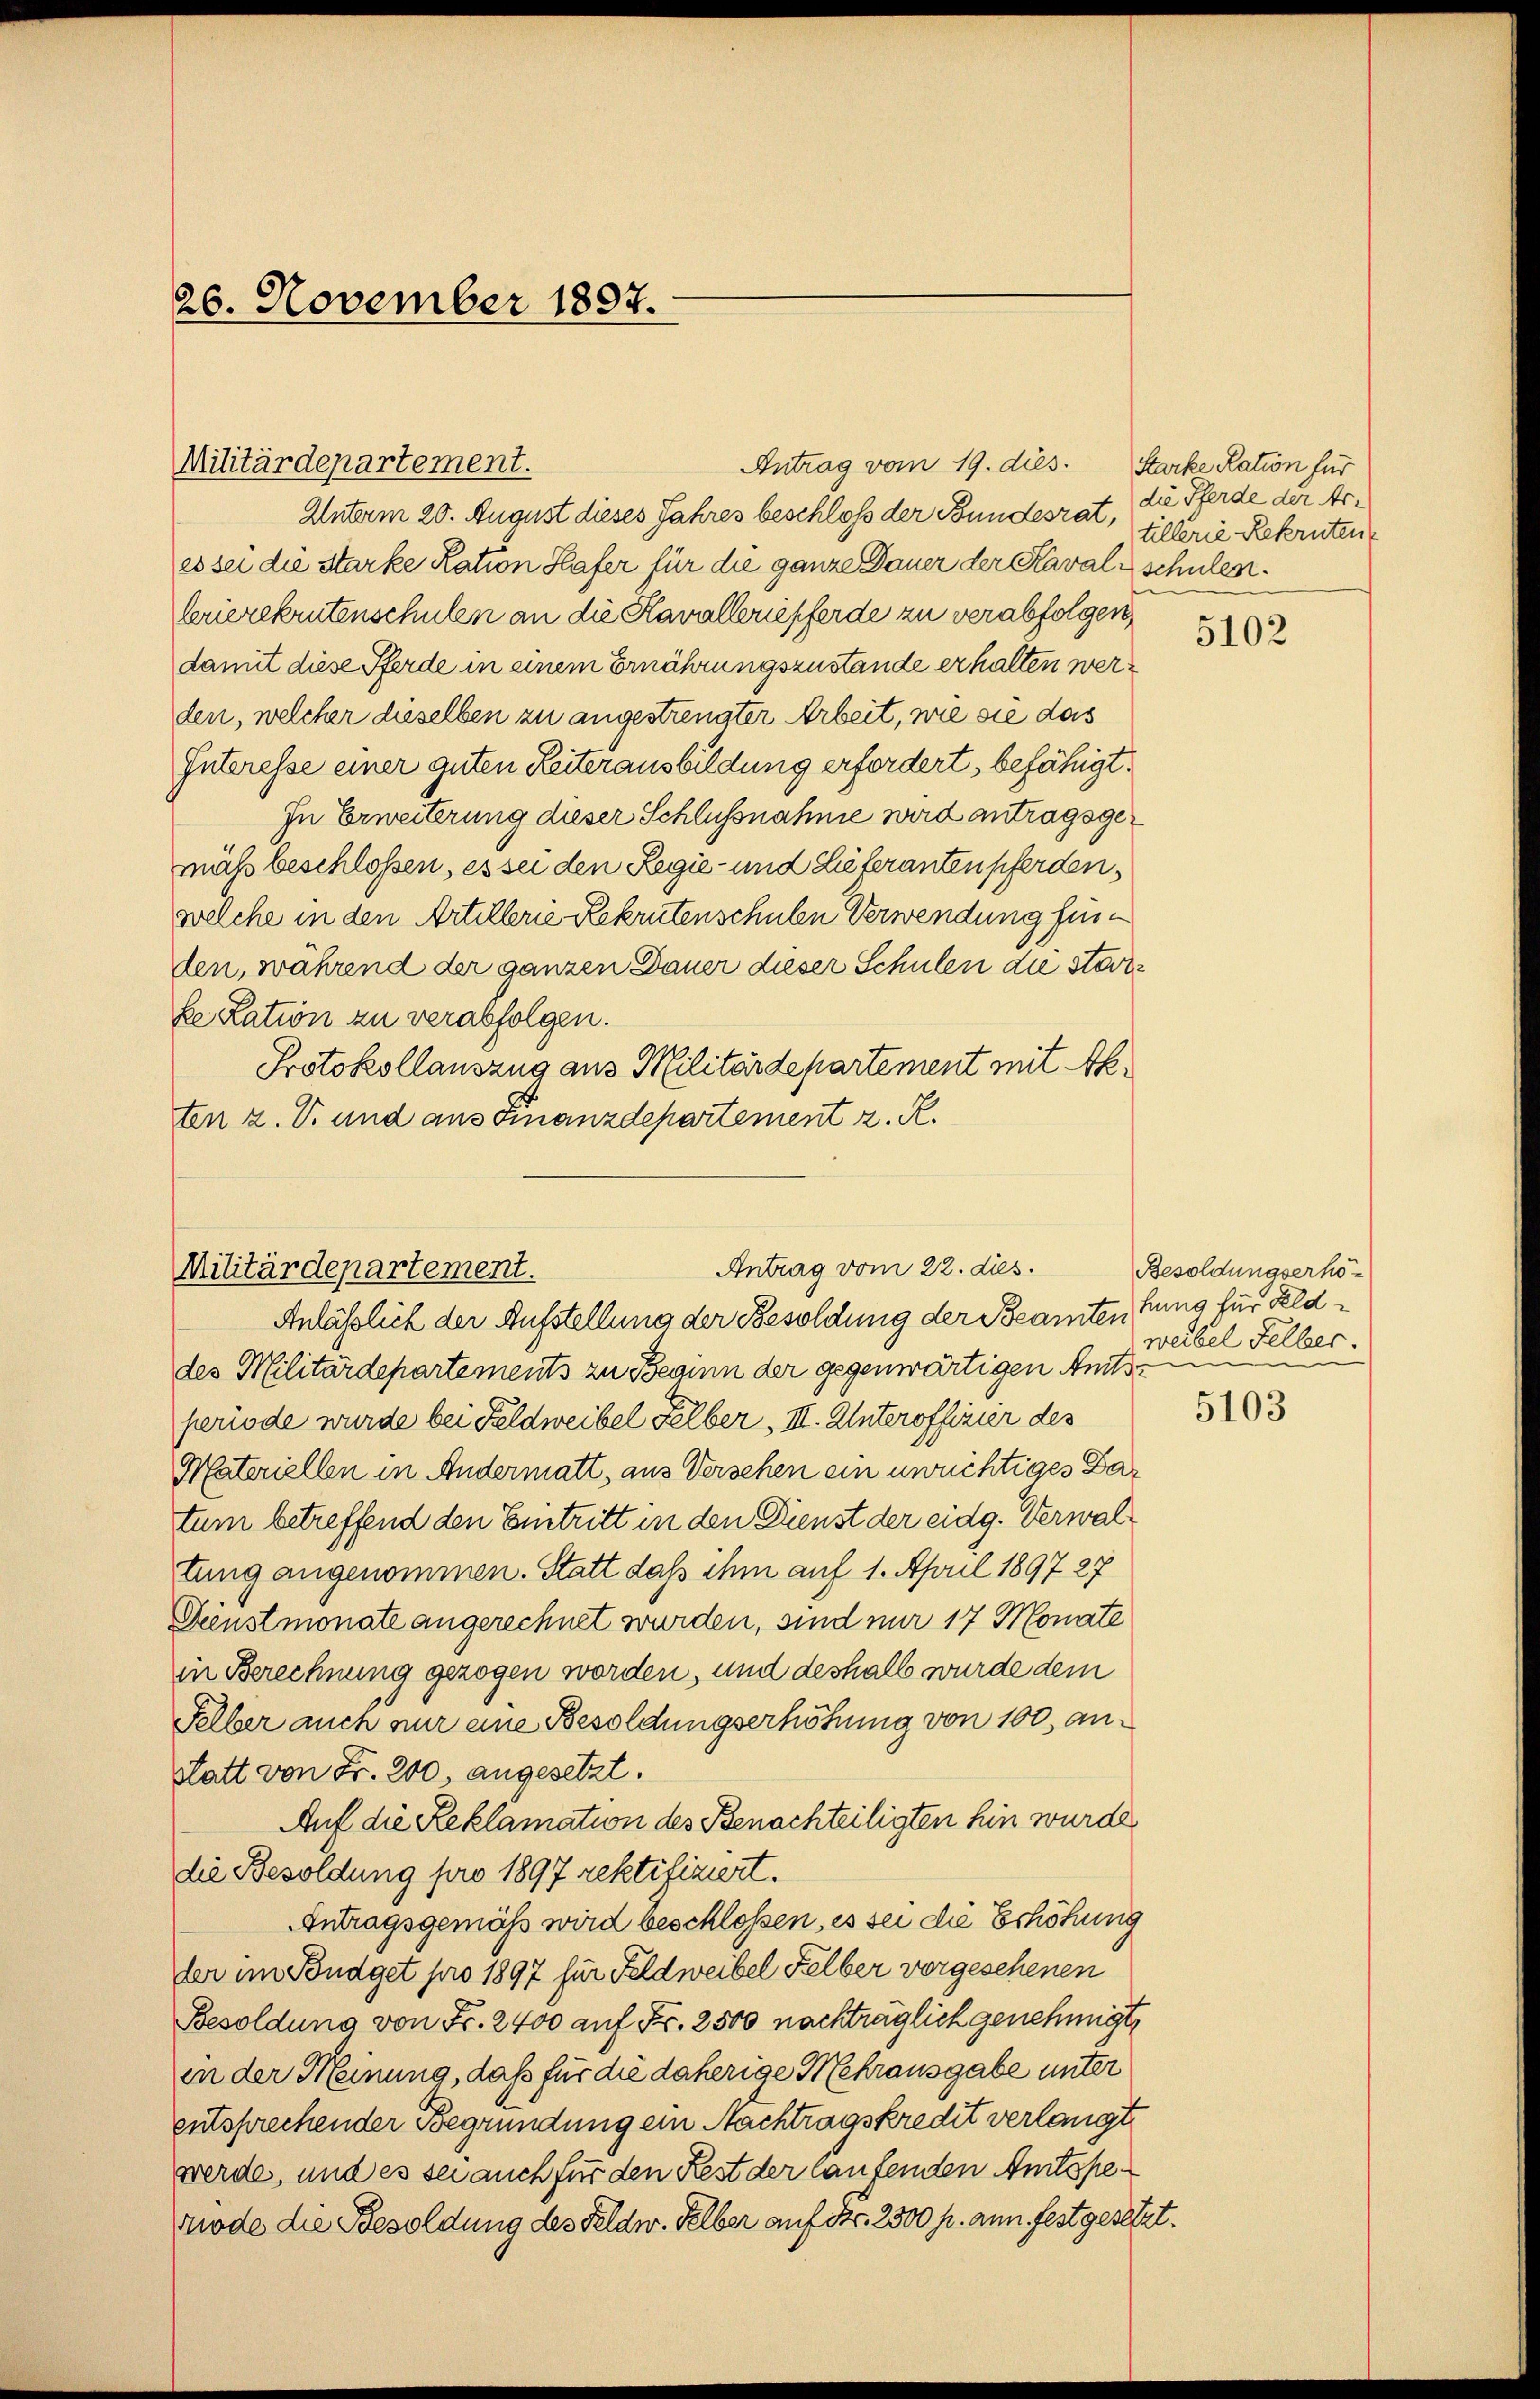
26. November 1897.

Militärdepartement.

Unterm 20. August dieses Jahres beschloß der Bundesrat,
es sei die starke Kation Hafer für die ganze Dauer der Kavali schulen.
lerierekrutenschulen an die Kavalleriepferde zu verabfolgen,
damit diese Pferde in einem Ernährungszustände erhalten werden, welcher dieselben zu angestrengter Arbeit, wie sie das
Interesse einer guten Reiterausbildung erfordert, befähigt,
In Erweiterung dieser Schlussnahme wird antragsgemäß beschloßen, es sei den Regie- und Lieferanten pferden,
welche in den Artillerie Rekrutenschulen Verwendung fürden, während der ganzen Dauer dieser Schulen die starre
ke Lation zu verabfolgen.
Protokollauszug aus Militärdepartement mit Akten z. V. und aus Finanzdepartement z. R.

Antrag vom 19. dies. Starke Ration für

Antrag vom 22. dies.
Militärdepartement.
Anläßlich der Aufstellung der Besoldung der Beamten fung für Feld¬

des Militärdepartements zu Beginn der gegenwärtigen Amts
periode wurde bei Feldweibel Felber III. Unteroffizier des
Materiellen in Andermatt, aus Versehen ein unüchtiges Datum betreffend den Eintritt in den Dienst der eidg. Verwaltung angenommen. Statt dass ihm auf 1. April 1897 27
Dinstmonate angerechnet wurden, sind nur 17 Monate
in Berechnung gezogen worden, und deshalb wurde dem
Felber auch nur eine Besoldungserhöhung von 100, anstatt von Fr. 200 angesetzt.
Auf die Reklamation des Benachteiligten hin wurde
die Besoldung pro 1897 rektifiziert.
Antragsgemäß wird beschlossen, es sei die Erhöhung
der im Fondget pro 1897 für Feldweibel Felber vorgesehenen
Besoldung von Fr. 2400 auf Fr. 2500 nachträglich genehmigte
in der Meinung, daß für die daherige Mehrausgabe unter
entsprechender Begründung ein Nachtragskredit verlangt
werde, und es sei auch für den Rest der laufenden Amtsperode die Besoldung des Feldw. Selber auf Fr. 2500 fr. ann festgesetzt.

die Pferde der Artillerie Rekruten

5102

Besoldungserhöweibel Selber.
e

5103